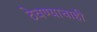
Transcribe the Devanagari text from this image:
ठेवण्याचाही